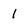
Character: l